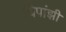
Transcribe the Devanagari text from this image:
चिपांझी